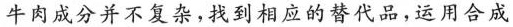
牛肉成分并不复杂，找到相应的替代品，运用合成